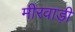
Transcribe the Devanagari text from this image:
मीरवाड़ी